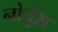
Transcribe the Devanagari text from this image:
नोर्चुस